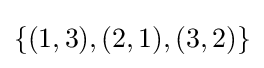
\{(1,3),(2,1),(3,2)\}